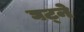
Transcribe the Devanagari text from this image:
घट्ने